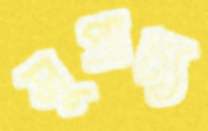
সুপ্রাচ্য